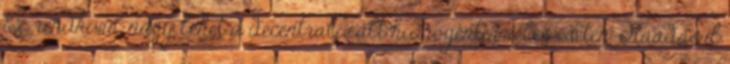
Ez rendkívül nagy lehet a decentralizált hidrogéntermelés esetén. Ráadásul